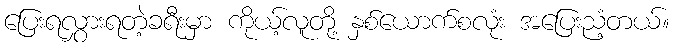
ပြေးရလွှားရတဲ့ခရီးမှာ ကိုယ့်လူတို့ နှစ်ယောက်စလုံး အပြေးညံ့တယ်။